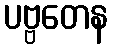
ပဗ္ဗတေန